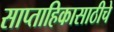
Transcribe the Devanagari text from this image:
साप्ताहिकासाठीचे